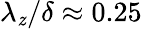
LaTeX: {\lambda}_{\mathit{z}}/\delta\approx0.25